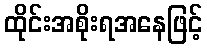
ထိုင်းအစိုးရအနေဖြင့်